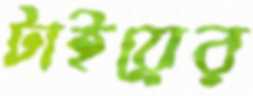
টাইয়ের